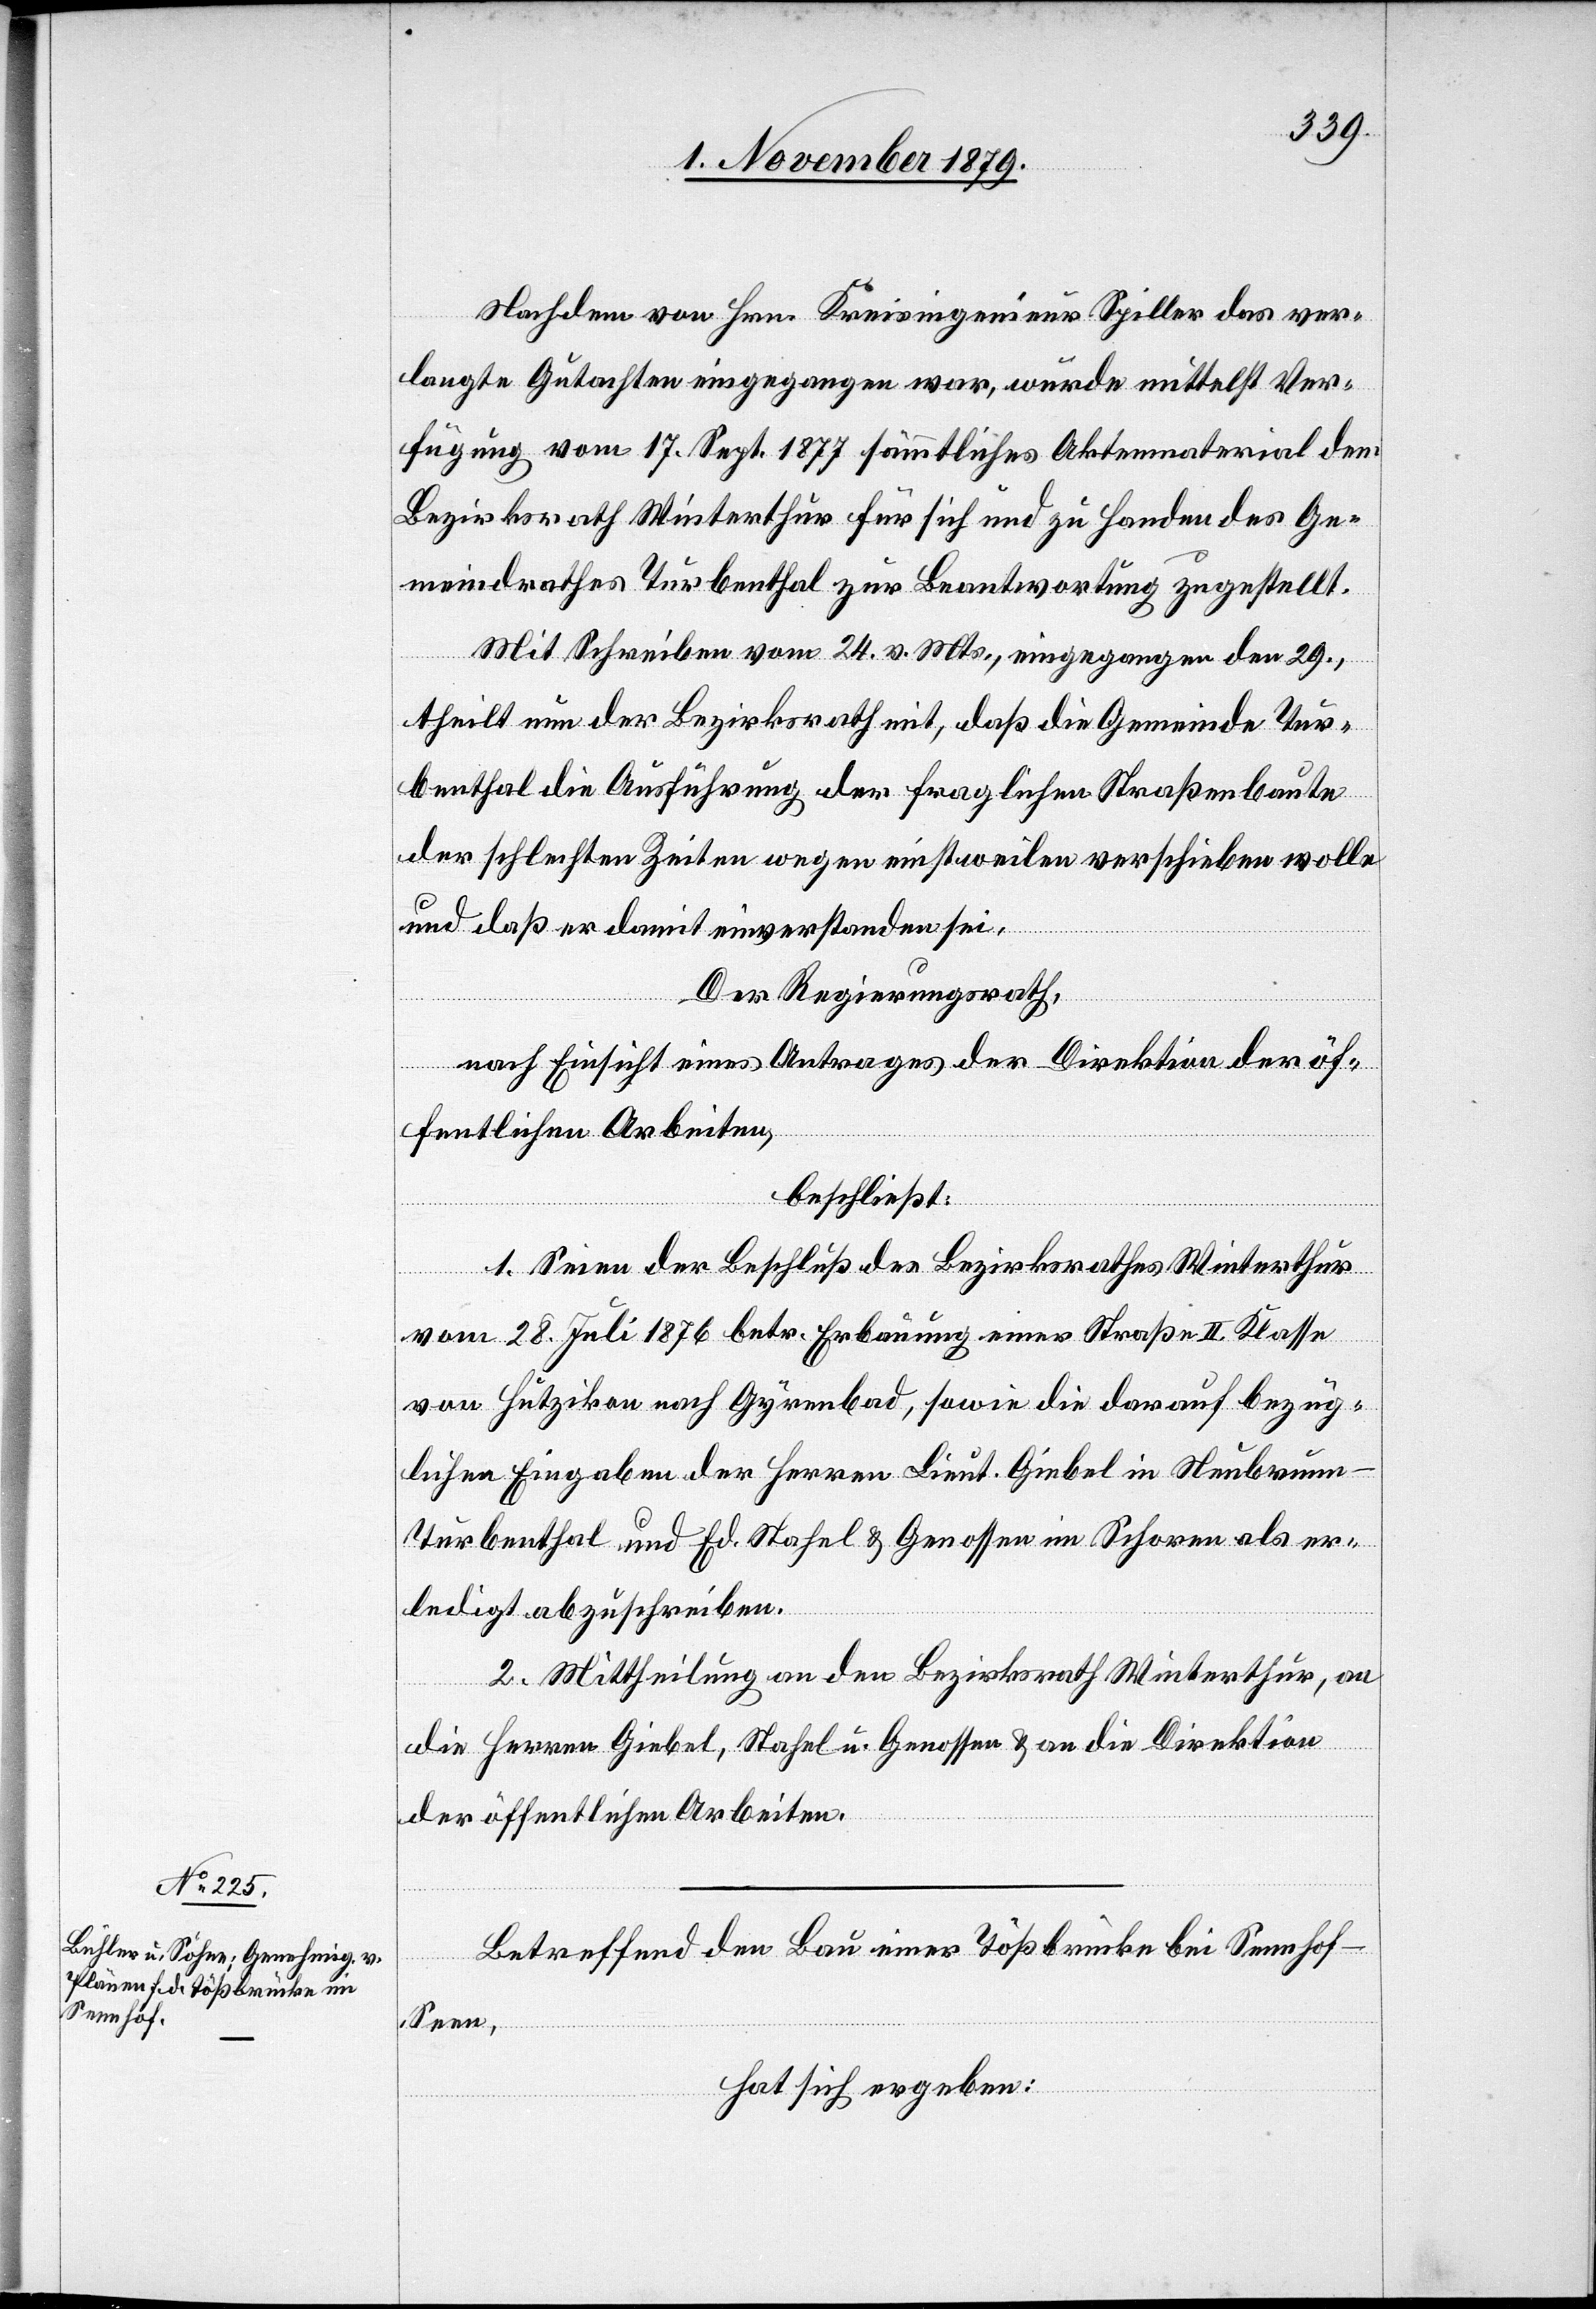
Nachdem von Hrn. Kreisingenieur Spiller das ver¬
langte Gutachten eingegangen war, wurde mittelst Ver¬
fügung vom 17. Sept. 1877 sämmtliches Aktenmaterial dem
Bezirksrath Winterthur für sich und zu Handen des Ge¬
meindrathes Turbenthal zur Beantwortung zugestellt.
Mit Schreiben vom 24. v. Mts., eingegangen den 29.
theilt nun der Bezirksrath mit, daß die Gemeinde Tur¬
benthal die Ausführung der fraglichen Straßenbaute
der schlechten Zeiten wegen einstweilen verschieben wolle
und daß er damit einverstanden sei.
Der Regierungsrath,
nach Einsicht eines Antrages der Direktion der öf¬
fentlichen Arbeiten,
beschließt:
1. Seien der Beschluß des Bezirksrathes Winterthur
vom 28. Juli 1876 betr. Erbauung einer Straße II. Klasse
von Hutzikon nach Gyrenbad, sowie die darauf bezüg¬
lichen Eingaben der Herren Lieut. Giebel [sic!] in Neubrunn
Turbenthal, und Ed. Stahel & Genossen im Schoren als er¬
ledigt abzuschreiben.
2. Mittheilung an den Bezirksrath Winterthur, an
die Herren Giebel, Stahel u. Genossen & an die Direktion
der öffentlichen Arbeiten.
Betreffend den Bau einer Tößbrücke bei Sennhof -
Seen,
hat sich ergeben: